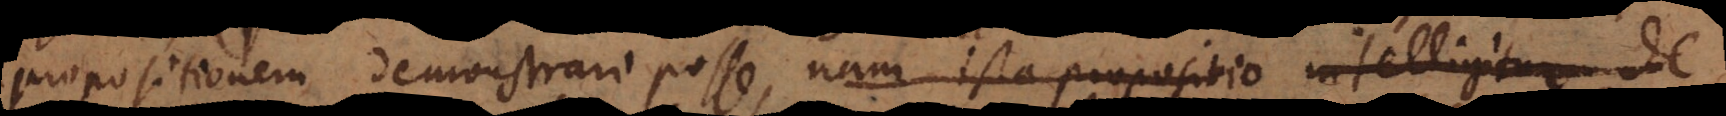
propositionem demonstrari posse, nam ista propositio intelligitur de